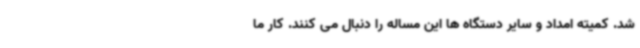
شد. کمیته امداد و سایر دستگاه ها این مساله را دنبال می کنند. کار ما